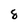
Character: 8